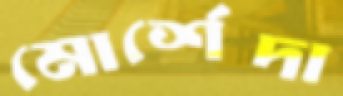
মোর্শেদা